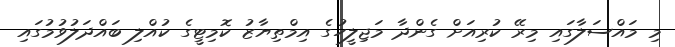
މި މައްސަލާގައި މިރޭ ކުރިއަށް ގެންދާ މަޖިލީހުގެ އިމްތިޔާޒު ކޮމިޓީގެ ކުއްލި ބައްދަލުވުމުގައި